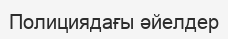
Полициядағы әйелдер